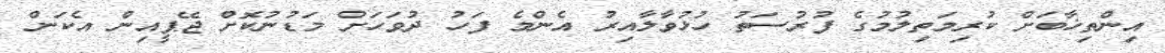
އިންތިޚާބަށް ކުރިމަތިލުމުގެ ފުރުސަތު ހުޅުވާލާއިރު އެންމެ ފަހު ދުވަހަށް މަޑުނުކޮށް ޖޭޕީއިން އެކަން